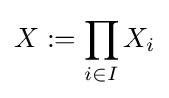
X:=\prod _{i\in I}X_{i}